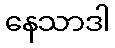
နေသာဒါ